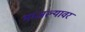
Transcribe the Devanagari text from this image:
भाजल्यावर